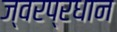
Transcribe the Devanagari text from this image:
ज्वरप्रधान